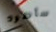
سأطرد